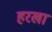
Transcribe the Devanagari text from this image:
हरखा